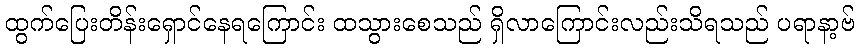
ထွက်ပြေးတိန်းရှောင်နေရကြောင်း ထသွားစေသည် ရှိလာကြောင်းလည်းသိရသည် ပရာနာ့ဗ်